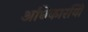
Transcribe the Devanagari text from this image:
अधिकारयिों